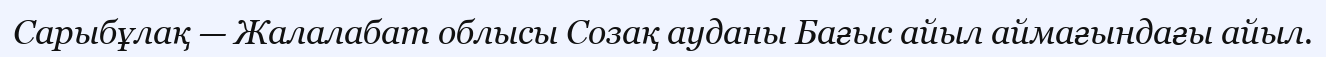
Сарыбұлақ — Жалалабат облысы Созақ ауданы Бағыс айыл аймағындағы айыл.